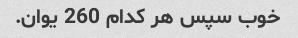
خوب سپس هر کدام 260 یوان.